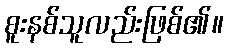
စူးနစ်သူလည်းဖြစ်၏။